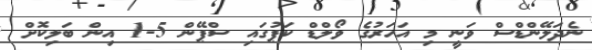
ނެދަލޭންޑްސް ވަނީ މި އަހަރުގެ ވޯލްޑް ކަޕުގައި ސްޕޭން 5-1 އިން ބަލިކޮށް